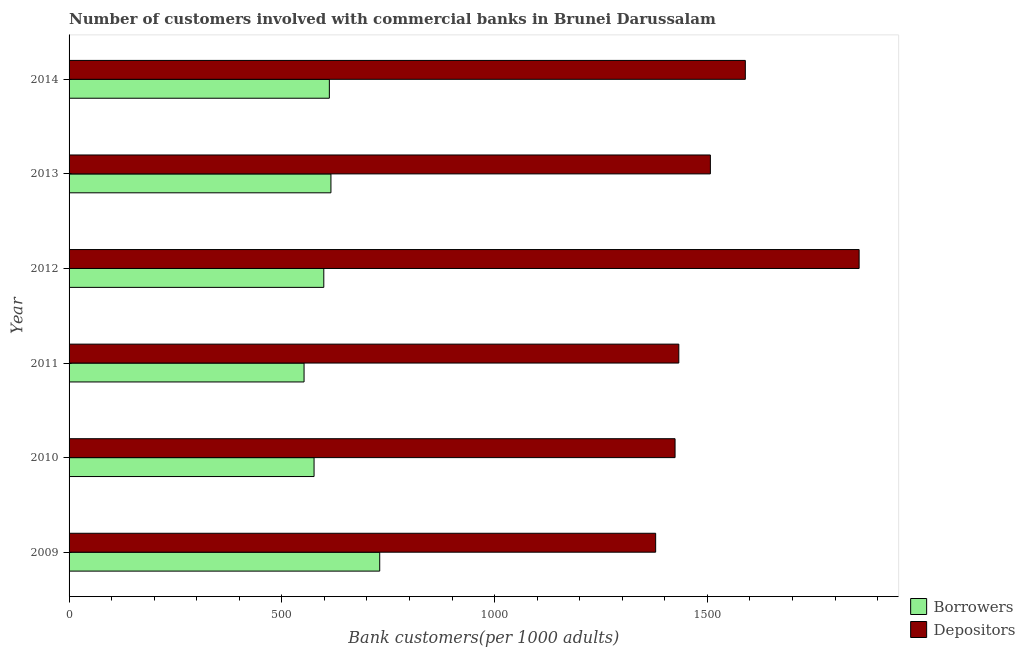
| Year | Borrowers | Depositors |
 | --- | --- | --- |
 | 2009 | 730 | 1.38e+03 |
 | 2010 | 576 | 1.42e+03 |
 | 2011 | 552 | 1.43e+03 |
 | 2012 | 599 | 1.86e+03 |
 | 2013 | 615 | 1.51e+03 |
 | 2014 | 612 | 1.59e+03 |